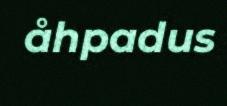
åhpadus